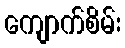
ကျောက်စိမ်း